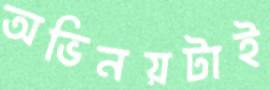
অভিনয়টাই